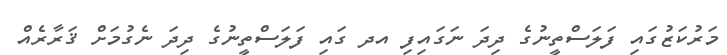
މަރުކަޒުގައި ފަލަސްތީނުގެ ދިދަ ނަގައިފި އދ ގައި ފަލަސްތީނުގެ ދިދަ ނެގުމަށް ޤަރާރެއް